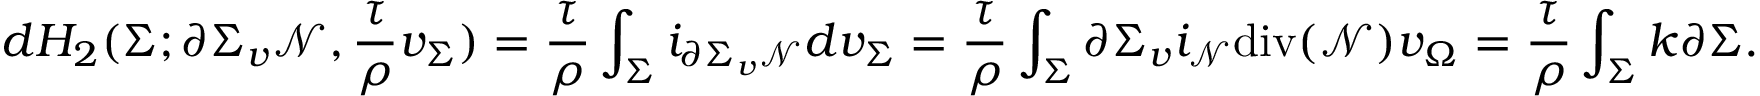
d H _ { 2 } ( \Sigma ; \partial \Sigma _ { v } \mathcal { N } , \frac { \tau } { \rho } v _ { \Sigma } ) = \frac { \tau } { \rho } \int _ { \Sigma } i _ { \partial \Sigma _ { v } \mathcal { N } } d v _ { \Sigma } = \frac { \tau } { \rho } \int _ { \Sigma } \partial \Sigma _ { v } i _ { \mathcal { N } } \mathrm { d i v } ( \mathcal { N } ) v _ { \Omega } = \frac { \tau } { \rho } \int _ { \Sigma } k \partial \Sigma .